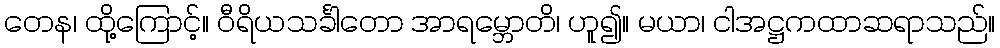
တေန၊ ထို့ကြောင့်။ ဝီရိယသင်္ခါတော အာရမ္ဘောတိ၊ ဟူ၍။ မယာ၊ ငါအဋ္ဌကထာဆရာသည်။